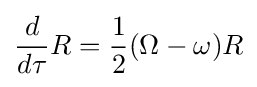
{\frac {d}{d\tau }}R={\frac {1}{2}}(\Omega -\omega )R